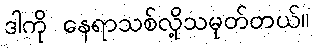
ဒါကို နေရာသစ်လို့သမုတ်တယ်။